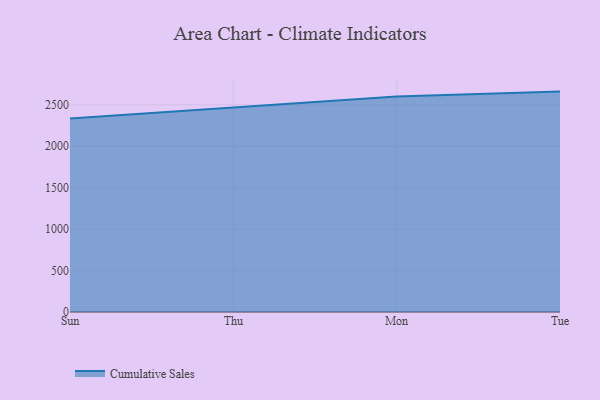
{"axis": {"x": "Day", "y": "Active Users"}, "legend": ["Cumulative Sales"], "data": [{"x": "Sun", "y": 2334.4, "type": "Cumulative Sales"}, {"x": "Thu", "y": 2470.7, "type": "Cumulative Sales"}, {"x": "Mon", "y": 2600.0, "type": "Cumulative Sales"}, {"x": "Tue", "y": 2659.9, "type": "Cumulative Sales"}]}